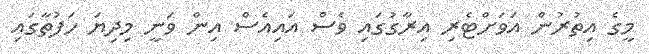
މީގެ އިތުރުން އަވަށްޓެރި އިރާގުގައި ވެސް އައިއެސް އިން ވަނީ މިދިޔަ ހަފުތާގައި